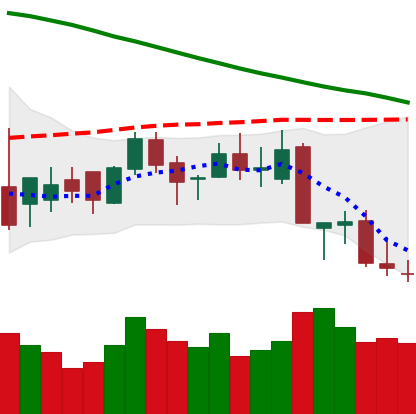
Ticker: XLM-USD
Chart end date: 2018-09-10
Forward return: 6.478%
Label: up_5_7